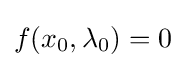
f(x_{0},\lambda _{0})=0